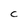
Character: c